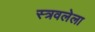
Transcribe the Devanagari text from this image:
स्त्रवलेला